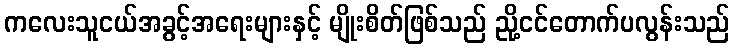
ကလေးသူငယ်အခွင့်အရေးများနှင့် မျိုးစိတ်ဖြစ်သည် ညို့ငင်တောက်ပလွန်းသည်